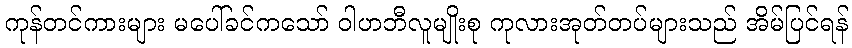
ကုန်တင်ကားများ မပေါ်ခင်ကသော် ဝါဟဘီလူမျိုးစု ကုလားအုတ်တပ်များသည် အိမ်ပြင်ရန်